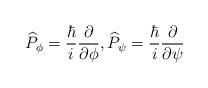
LaTeX: \begin{align*}\widehat{P}_\phi=\frac{\hbar}{i}\frac{\partial}{\partial\phi},\widehat{P}_\psi=\frac{\hbar}{i}\frac{\partial}{\partial\psi}\end{align*}